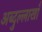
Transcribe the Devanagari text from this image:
अब्दुल्लाखाँ